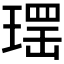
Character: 𱯕